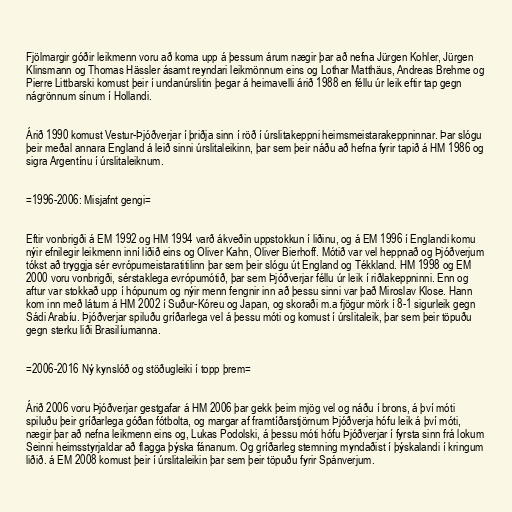
Fjölmargir góðir leikmenn voru að koma upp á þessum árum nægir þar að nefna Jürgen Kohler, Jürgen
Klinsmann og Thomas Hässler ásamt reyndari leikmönnum eins og Lothar Matthäus, Andreas Brehme og
Pierre Littbarski komust þeir í undanúrslitin þegar á heimavelli árið 1988 en féllu úr leik eftir tap gegn
nágrönnum sínum í Hollandi.

Árið 1990 komust Vestur-Þjóðverjar í þriðja sinn í röð í úrslitakeppni heimsmeistarakeppninnar. Þar slógu
þeir meðal annara England á leið sinni úrslitaleikinn, þar sem þeir náðu að hefna fyrir tapið á HM 1986 og
sigra Argentínu í úrslitaleiknum.

=1996-2006: Misjafnt gengi=

Eftir vonbrigði á EM 1992 og HM 1994 varð ákveðin uppstokkun í liðinu, og á EM 1996 í Englandi komu
nýir efnilegir leikmenn inní liðið eins og Oliver Kahn, Oliver Bierhoff. Mótið var vel heppnað og Þjóðverjum
tókst að tryggja sér evrópumeistaratitilinn þar sem þeir slógu út England og Tékkland. HM 1998 og EM
2000 voru vonbrigði, sérstaklega evrópumótið, þar sem Þjóðverjar féllu úr leik í riðlakeppninni. Enn og
aftur var stokkað upp í hópunum og nýir menn fengnir inn að þessu sinni var það Miroslav Klose. Hann
kom inn með látum á HM 2002 í Suður-Kóreu og Japan, og skoraði m.a fjögur mörk í 8-1 sigurleik gegn
Sádi Arabíu. Þjóðverjar spiluðu gríðarlega vel á þessu móti og komust í úrslitaleik, þar sem þeir töpuðu
gegn sterku liði Brasilíumanna.

=2006-2016 Ný kynslóð og stöðugleiki í topp þrem=

Árið 2006 voru Þjóðverjar gestgafar á HM 2006 þar gekk þeim mjög vel og náðu í brons, á því móti
spiluðu þeir gríðarlega góðan fótbolta, og margar af framtíðarstjörnum Þjóðverja hófu leik á því móti,
nægir þar að nefna leikmenn eins og, Lukas Podolski, á þessu móti hófu Þjóðverjar í fyrsta sinn frá lokum
Seinni heimsstyrjaldar að flagga þýska fánanum. Og gríðarleg stemning myndaðist í þýskalandi í kringum
liðið. á EM 2008 komust þeir í úrslitaleikin þar sem þeir töpuðu fyrir Spánverjum.